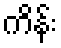
ကိန်း